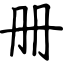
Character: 册